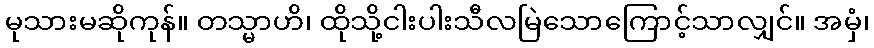
မုသားမဆိုကုန်။ တသ္မာဟိ၊ ထိုသို့ငါးပါးသီလမြဲသောကြောင့်သာလျှင်။ အမှံ၊